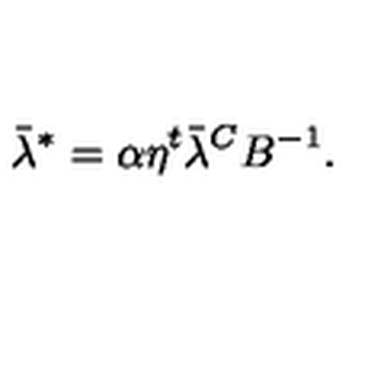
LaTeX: \bar { \lambda } ^ { * } = \alpha \eta ^ { t } \bar { \lambda } ^ { C } B ^ { - 1 } .